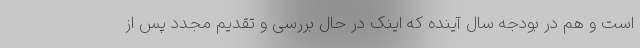
است و هم در بودجه سال آینده که اینک در حال بررسی و تقدیم مجدد پس از